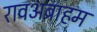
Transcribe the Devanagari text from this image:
रावअब्राहम